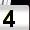
Digit: 4